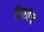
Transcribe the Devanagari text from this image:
हिरवेच